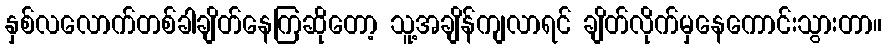
နှစ်လလောက်တစ်ခါချိတ်နေကြဆိုတော့ သူ့အချိန်ကျလာရင် ချိတ်လိုက်မှနေကောင်းသွားတာ။